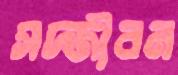
সদ্জীবন